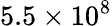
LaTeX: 5.5\times 10^{8}